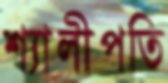
শ্যালীপতি